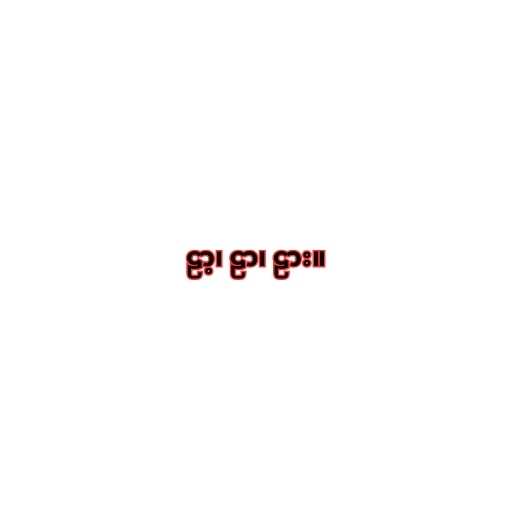
ဠာ့၊ ဠာ၊ ဠား။